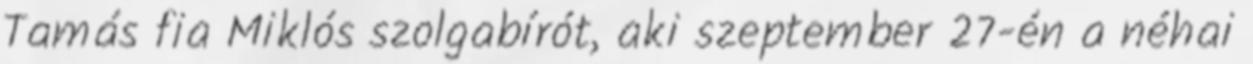
Tamás fia Miklós szolgabírót, aki szeptember 27-én a néhai